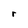
Character: r